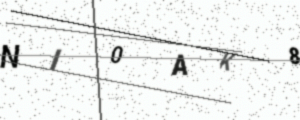
Text: NI0AK8